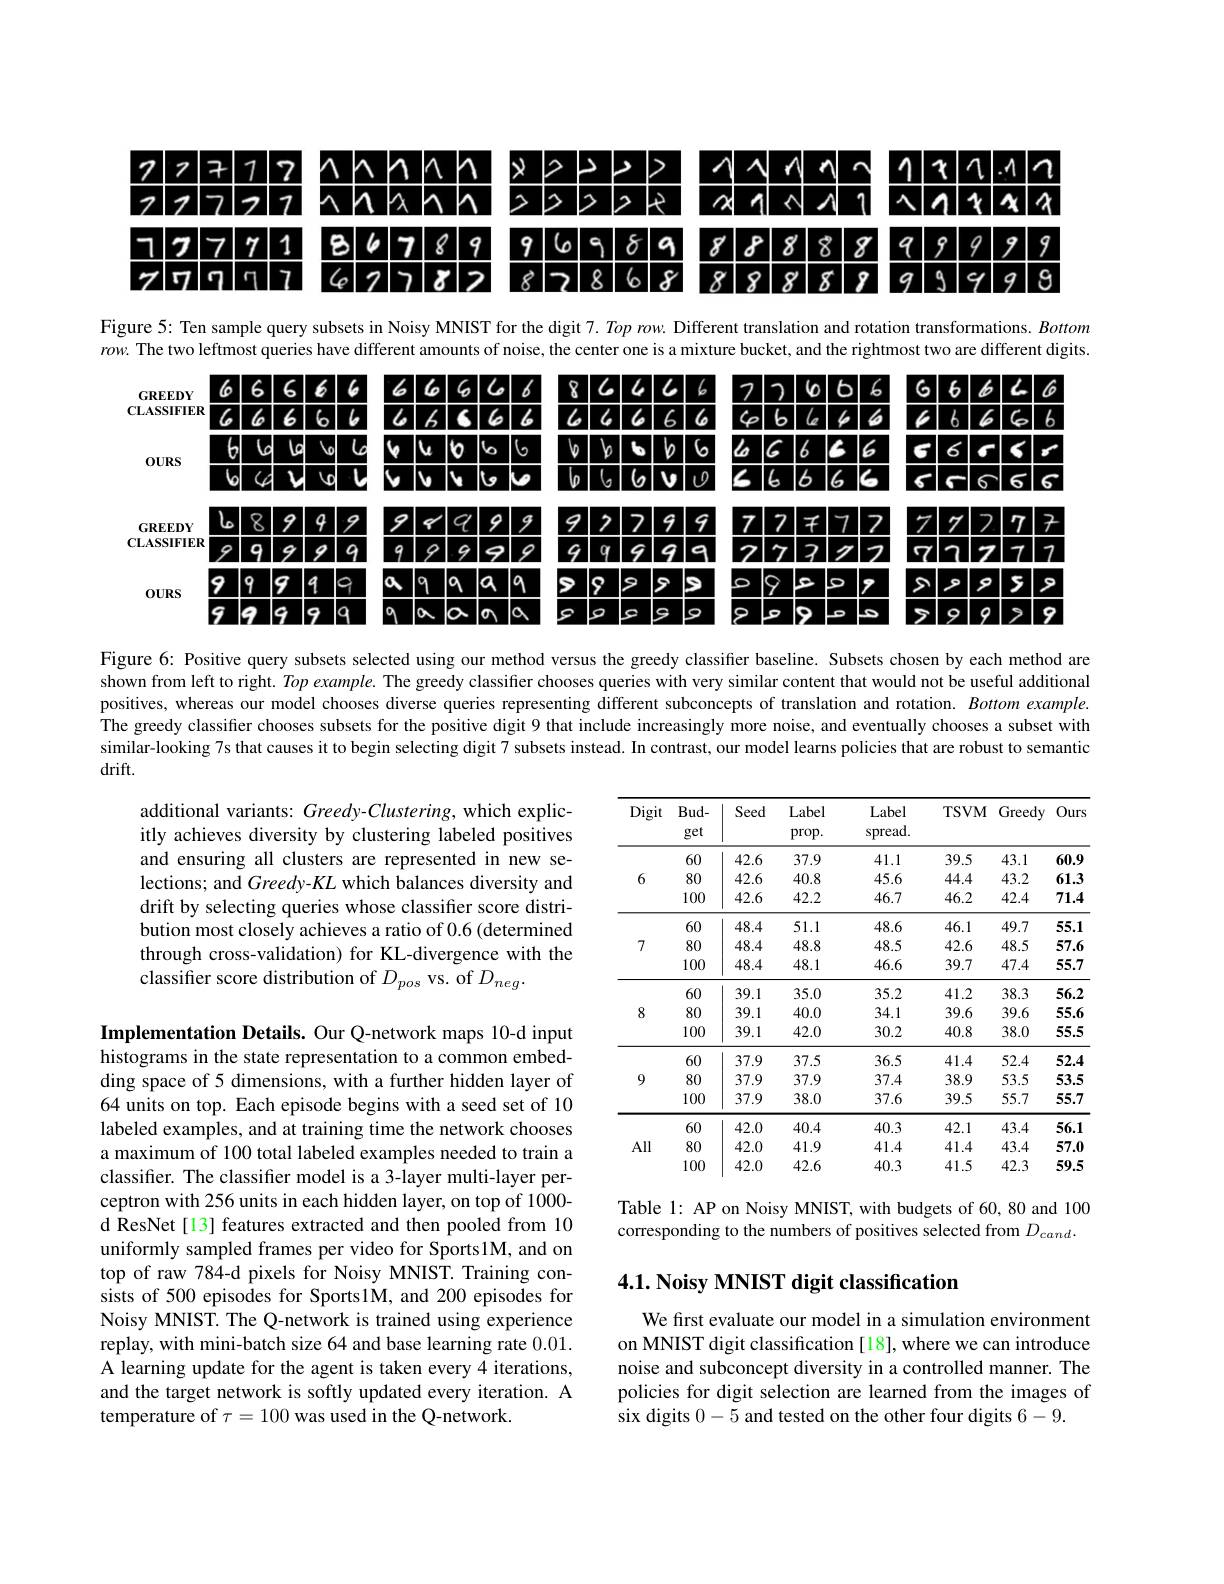
<FigureHere>

Figure 5: Ten sample query subsets in Noisy MNIST for the digit 7. Top row. Different translation and rotation transformations. Bottom

$row.$ The two leftmost queries have different amounts of noise, the center one is a mixture bucket, and the rightmost two are different digits.
<FigureHere>

Figure 6: Positive query subsets selected using our method versus the greedy classifier baseline. Subsets chosen by each method are shown from left to right. Top example. The greedy classifier chooses queries with very similar content that would not be useful additional positives, whereas our model chooses diverse queries representing different subconcepts of translation and rotation. Bottom example. The greedy classifier chooses subsets for the positive digit 9 that include increasingly more noise, and eventually chooses a subset with similar-looking 7s that causes it to begin selecting digit 7 subsets instead. In contrast, our model learns policies that are robust to semantic drift.

additional variants: Greedy-Clustering, which explicitly achieves diversity by clustering labeled positives and ensuring all clusters are represented in new selections; and Greedy-KL which balances diversity and drift by selecting queries whose classifier score distribution most closely achieves a ratio of 0.6 (determined through cross-validation) for KL-divergence with the classifer score distribution of $D_{pos}$ vs. of $D_{neg}.$

<table>
	<tbody>
		<tr>
			<th>Digit</th>
			<th>$Bud-$ get</th>
			<th>Seed</th>
			<th>Label prop. </th>
			<th>Label spread.</th>
			<th>TSVM</th>
			<th>Greedy</th>
			<th>Ours</th>
		</tr>
		<tr>
			<td rowspan="3">6</td>
			<td>60</td>
			<td>42.6</td>
			<td>37.9</td>
			<td>41.1</td>
			<td>39.5</td>
			<td>43.1</td>
			<td>60.9</td>
		</tr>
		<tr>
			<td>80</td>
			<td>42.6</td>
			<td>40.8</td>
			<td>45.6</td>
			<td>44.4</td>
			<td>43.2</td>
			<td>61.3</td>
		</tr>
		<tr>
			<td>100</td>
			<td>42.6</td>
			<td>42.2</td>
			<td>46.7</td>
			<td>46.2</td>
			<td>42.4</td>
			<td>71.4</td>
		</tr>
		<tr>
			<td rowspan="3">7</td>
			<td>60</td>
			<td>48.4</td>
			<td>51.1</td>
			<td>48.6</td>
			<td>46.1</td>
			<td>49.7</td>
			<td>55.1</td>
		</tr>
		<tr>
			<td>80</td>
			<td>48.4</td>
			<td>48.8</td>
			<td>48.5</td>
			<td>42.6</td>
			<td>48.5</td>
			<td>57.6</td>
		</tr>
		<tr>
			<td>100</td>
			<td>48.4</td>
			<td>48.1</td>
			<td>46.6</td>
			<td>39.7</td>
			<td>47.4</td>
			<td>55.7</td>
		</tr>
		<tr>
			<td rowspan="3">8</td>
			<td>60</td>
			<td>39.1</td>
			<td>35.0</td>
			<td>35.2</td>
			<td>41.2</td>
			<td>38.3</td>
			<td>56.2</td>
		</tr>
		<tr>
			<td>80</td>
			<td>39.1</td>
			<td>40.0</td>
			<td>34.1</td>
			<td>39.6</td>
			<td>39.6</td>
			<td>55.6</td>
		</tr>
		<tr>
			<td>100</td>
			<td>39.1</td>
			<td>42.0</td>
			<td>30.2</td>
			<td>40.8</td>
			<td>38.0</td>
			<td>55.5</td>
		</tr>
		<tr>
			<td rowspan="3">9</td>
			<td>60</td>
			<td>37.9</td>
			<td>37.5</td>
			<td>36.5</td>
			<td>41.4</td>
			<td>52.4</td>
			<td>52.4</td>
		</tr>
		<tr>
			<td>80</td>
			<td>37.9</td>
			<td>37.9</td>
			<td>37.4</td>
			<td>38.9</td>
			<td>53.5</td>
			<td>53.5</td>
		</tr>
		<tr>
			<td>100</td>
			<td>37.9</td>
			<td>38.0</td>
			<td>37.6</td>
			<td>39.5</td>
			<td>55.7</td>
			<td>55.7</td>
		</tr>
		<tr>
			<td rowspan="3">All</td>
			<td>60</td>
			<td>42.0</td>
			<td>40.4</td>
			<td>40.3</td>
			<td>42.1</td>
			<td>43.4</td>
			<td>56.1</td>
		</tr>
		<tr>
			<td>80</td>
			<td>42.0</td>
			<td>41.9</td>
			<td>41.4</td>
			<td>41.4</td>
			<td>43.4</td>
			<td>57.0</td>
		</tr>
		<tr>
			<td>100</td>
			<td>42.0</td>
			<td>42.6</td>
			<td>40.3</td>
			<td>41.5</td>
			<td>42.3</td>
			<td>59.5</td>
		</tr>
	</tbody>
</table>

Table l: AP on Noisy MNIST, with budgets of 60, 80 and 100 corresponding to the numbers of positives selected from $D_cand.$

Implementation Details. Our Q-network maps 10-d input histograms in the state representation to a common embedding space of 5 dimensions, with a further hidden layer of 64 units on top. Each episode begins with a seed set of 10 labeled examples, and at training time the network chooses a maximum of 100 total labeled examples needed to train a classifier. The classifier model is a 3-layer multi-layer perceptron with 256 units in each hidden layer, on top of 1000- d ResNet[13] features extracted and then pooled from 10 uniformly sampled frames per video for Sports1M, and on top of raw 784-d pixels for Noisy MNIST. Training consists of 500 episodes for Sports1M, and 200 episodes for Noisy MNIST. The Q-network is trained using experience replay, with mini-batch size 64 and base learning rate 0.01. A learning update for the agent is taken every 4 iterations, and the target network is softly updated every iteration. A temperature of $\tau=100$ was used in the Q-network.

## $4. 1. \textbf{ Noisy MNIST digit classification}$

We frst evaluate our model in a simulation environment on MNIST digit classification [18], where we can introduce noise and subconcept diversity in a controlled manner. The policies for digit selection are learned from the images of six digits 0-5 and tested on the other four digits 6-9.